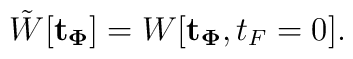
\tilde{W}[{\bf t_\Phi}] = W[{\bf t_\Phi}, t_F = 0].